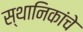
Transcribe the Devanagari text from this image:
स्थानिकांचे